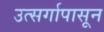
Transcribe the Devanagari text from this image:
उत्सर्गापासून